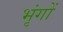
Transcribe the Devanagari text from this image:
भृंगों